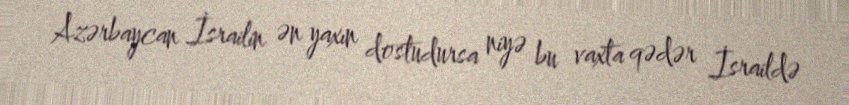
Azərbaycan İsrailin ən yaxın dostudursa niyə bu vaxta qədər İsraildə